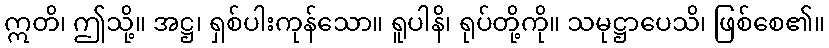
ဣတိ၊ ဤသို့။ အဋ္ဌ၊ ရှစ်ပါးကုန်သော။ ရူပါနိ၊ ရုပ်တို့ကို။ သမုဋ္ဌာပေသိ၊ ဖြစ်စေ၏။